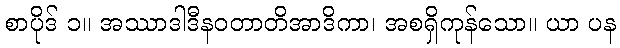
စာပိုဒ် ၁။ အဿာဒါဒီနဝတာတိအာဒိကာ၊ အစရှိကုန်သော။ ယာ ပန